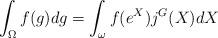
LaTeX: \begin{align*}\displaystyle \int_{\Omega} f(g) dg=\int_{\omega}f(e^X)j^G(X)dX\end{align*}